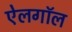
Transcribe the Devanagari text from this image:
ऐलगॉल